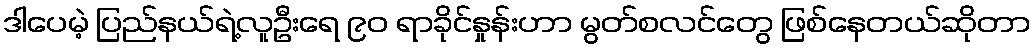
ဒါပေမဲ့ ပြည်နယ်ရဲ့လူဦးရေ ၉၀ ရာခိုင်နှုန်းဟာ မွတ်စလင်တွေ ဖြစ်နေတယ်ဆိုတာ